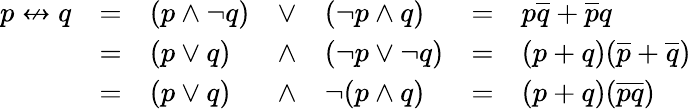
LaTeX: {\begin{array}{lllllll}{p\nleftrightarrow q}&{=}&{(p\land\lnot q)}&{\lor}&{(\lnot p\land q)}&{=}&{p{\overline{{q}}}+{\overline{{p}}}q}\\ &{=}&{(p\lor q)}&{\land}&{(\lnot p\lor\lnot q)}&{=}&{(p+q)({\overline{{p}}}+{\overline{{q}}})}\\ &{=}&{(p\lor q)}&{\land}&{\lnot(p\land q)}&{=}&{(p+q)({\overline{{pq}}})}\end{array}}